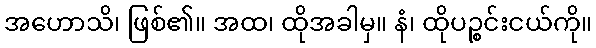
အဟောသိ၊ ဖြစ်၏။ အထ၊ ထိုအခါမှ။ နံ၊ ထိုပဉ္စင်းငယ်ကို။